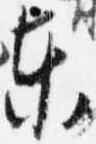
東